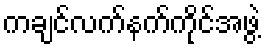
ကချင်လက်နက်ကိုင်အဖွဲ့